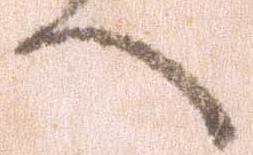
へ